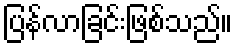
ပြန်လာခြင်းဖြစ်သည်။